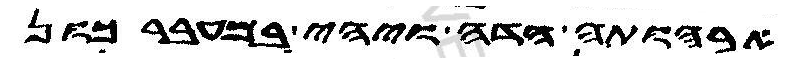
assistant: ארהותה הדה ויהי במעברכון